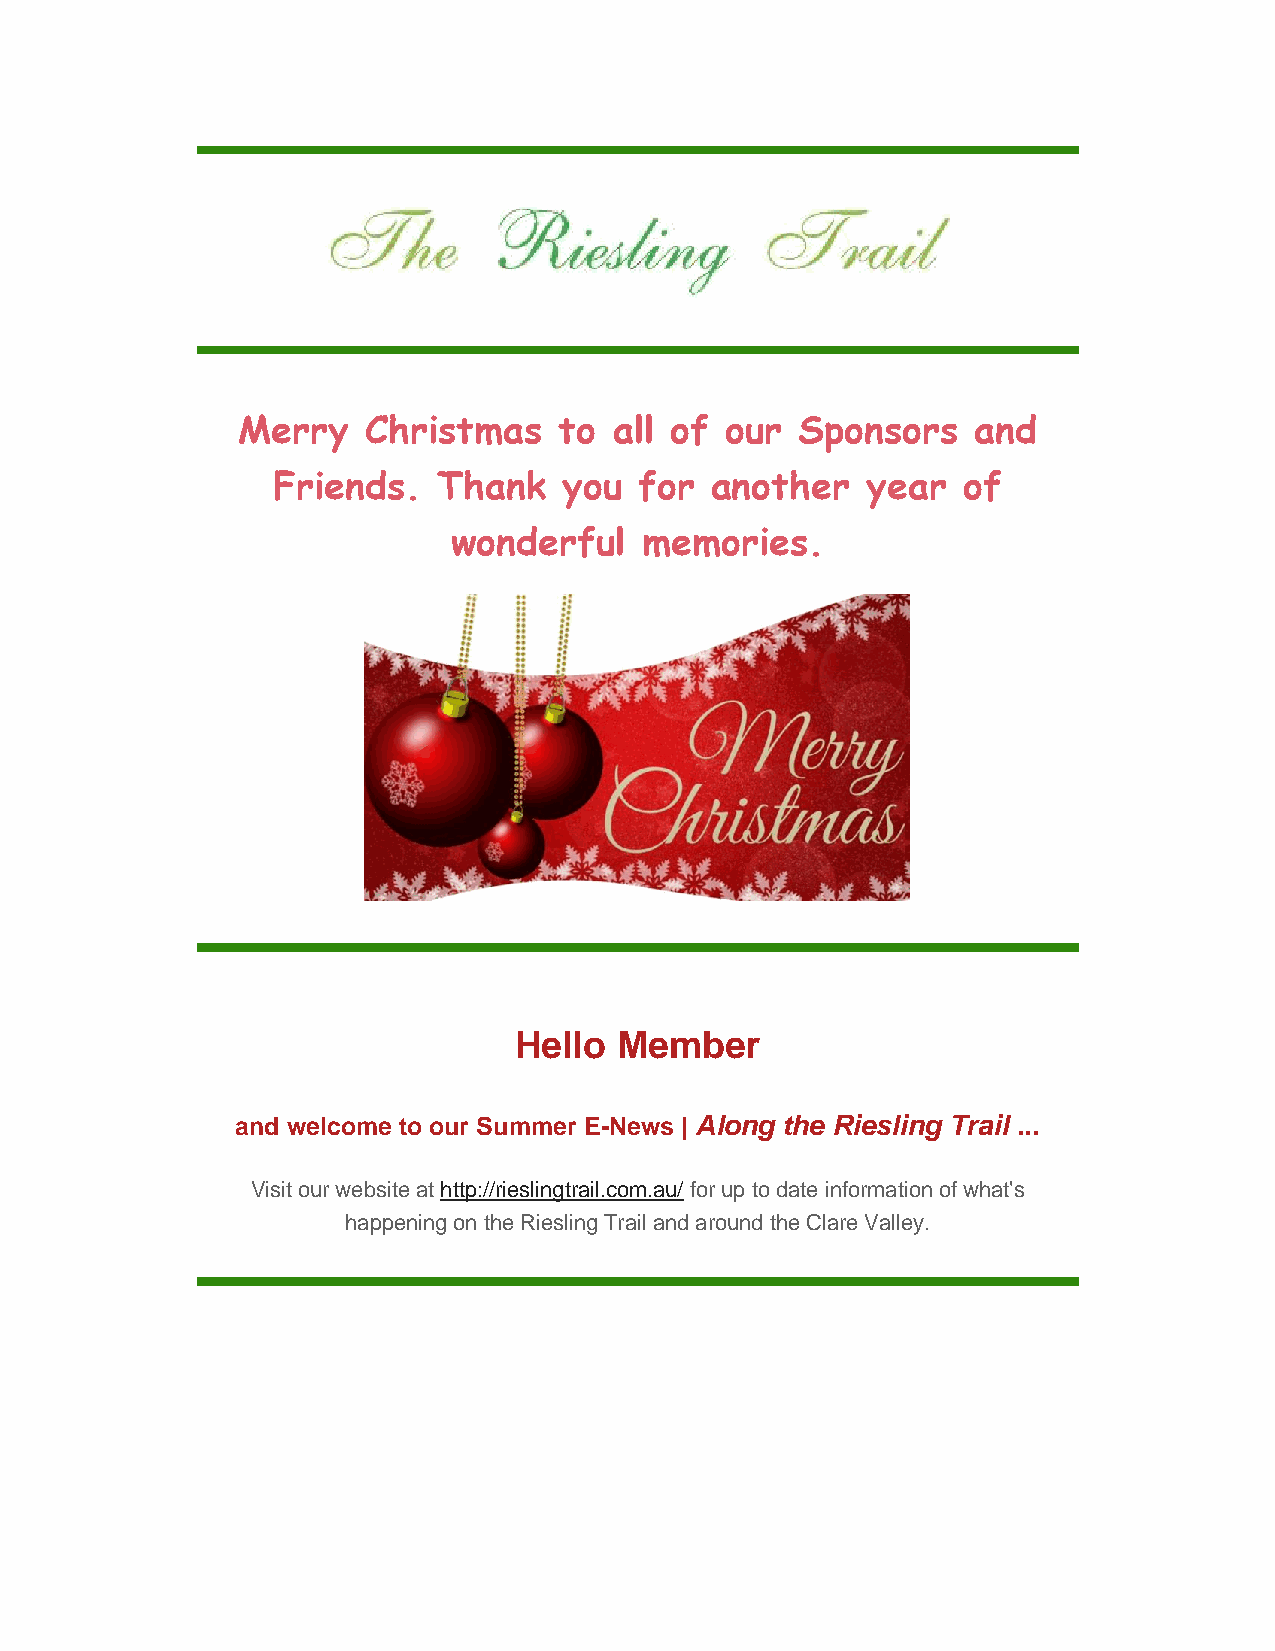
Merry   Christmas    to  all of our  Sponsors    and
 Friends.   Thank   you  for  another   year   of
 wonderful   memories.
 Hello  Member
 and welcome to our Summer E-News | Along the Riesling Trail ...
 Visit our website at http://rieslingtrail.com.au/ for up to date information of what's
 happening on the Riesling Trail and around the Clare Valley.